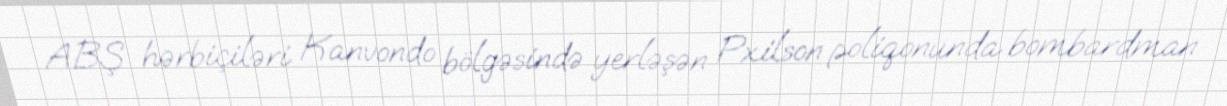
ABŞ hərbiçiləri Kanvondo bölgəsində yerləşən Pxilson poliqonunda bombardman